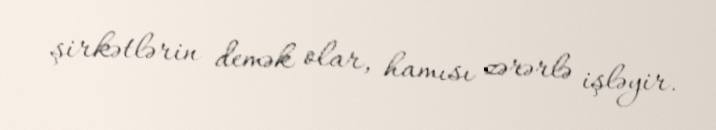
şirkətlərin demək olar, hamısı zərərlə işləyir.